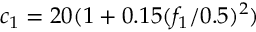
c _ { 1 } = 2 0 ( 1 + 0 . 1 5 ( { f _ { 1 } } / { 0 . 5 } ) ^ { 2 } )